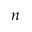
\boldsymbol { n }